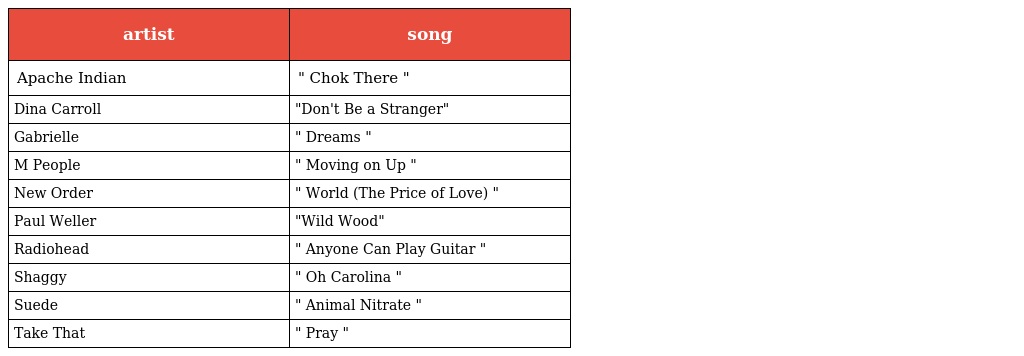
| artist | song |
 | --- | --- |
 | Apache Indian | " Chok There " |
 | Dina Carroll | "Don't Be a Stranger" |
 | Gabrielle | " Dreams " |
 | M People | " Moving on Up " |
 | New Order | " World (The Price of Love) " |
 | Paul Weller | "Wild Wood" |
 | Radiohead | " Anyone Can Play Guitar " |
 | Shaggy | " Oh Carolina " |
 | Suede | " Animal Nitrate " |
 | Take That | " Pray " |